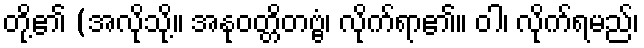
တို့၏ (အလိုသို့။ အနုဝတ္တိတဗ္ဗံ၊ လိုက်ရာ၏။ ဝါ၊ လိုက်ရမည်၊